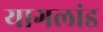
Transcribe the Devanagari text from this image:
यागलांड